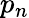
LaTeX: p_{n}